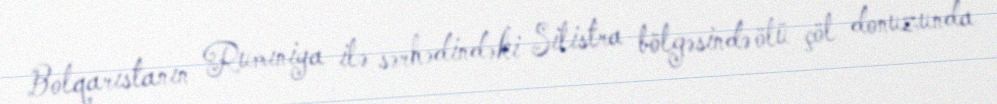
Bolqarıstanın Rumıniya ilə sərhədindəki Silistra bölgəsində ölü çöl donuzunda